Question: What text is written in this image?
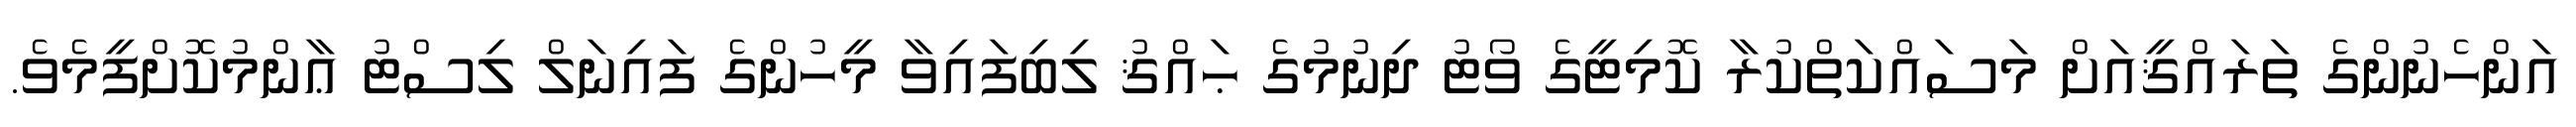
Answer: އަންހެނުންގެ ތަރައްޤީއަށް މަސައްކަތްކުރާ ކޮމިޓީގެ ވޯޓު ދިނުމުގެ ޙައްޤު ލިބިފައިވާ މީހުންގެ ފައިނަލް ލިސްޓު ޢާންމުކޮށްފީމެވެ.